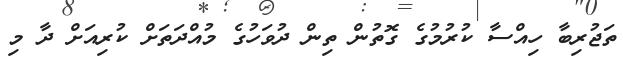
ތަޖުރިބާ ހިއްސާ ކުރުމުގެ ގޮތުން ތިން ދުވަހުގެ މުއްދަތަށް ކުރިއަށް ދާ މި